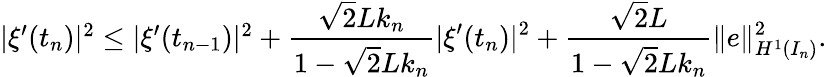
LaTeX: \begin{array}{r}{|\xi^{\prime}(t_{n})|^{2}\le|\xi^{\prime}(t_{n-1})|^{2}+\displaystyle\frac{\sqrt{2}Lk_{n}}{1-\sqrt{2}Lk_{n}}|\xi^{\prime}(t_{n})|^{2}+\displaystyle\frac{\sqrt{2}L}{1-\sqrt{2}Lk_{n}}\| e\| _{H^{1}(I_{n})}^{2}.}\end{array}